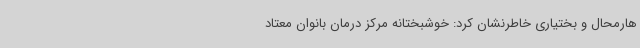
هارمحال و بختیاری خاطرنشان کرد: خوشبختانه مرکز درمان بانوان معتاد